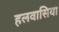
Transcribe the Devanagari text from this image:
हलवासिया